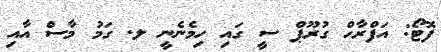
ފޮޓޯ: އަފްރާހް ގުރޫޕް ސީ ގައި ހިމެނެނީ ލ. ގަމު މާސް އާއި